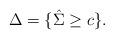
LaTeX: \begin{align*} \Delta = \{\hat{\Sigma} \ge c\}. \end{align*}